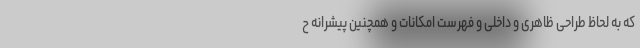
که به لحاظ طراحی ظاهری و داخلی و فهرست امکانات و همچنین پیشرانه ح